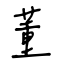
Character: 董